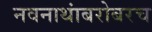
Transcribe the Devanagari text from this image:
नवनाथांबरोबरच